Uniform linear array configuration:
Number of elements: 32
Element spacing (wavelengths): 0.25
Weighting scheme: blackman
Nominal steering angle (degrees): -45
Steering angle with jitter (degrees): -44.849
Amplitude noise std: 0.05
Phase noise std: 0.05

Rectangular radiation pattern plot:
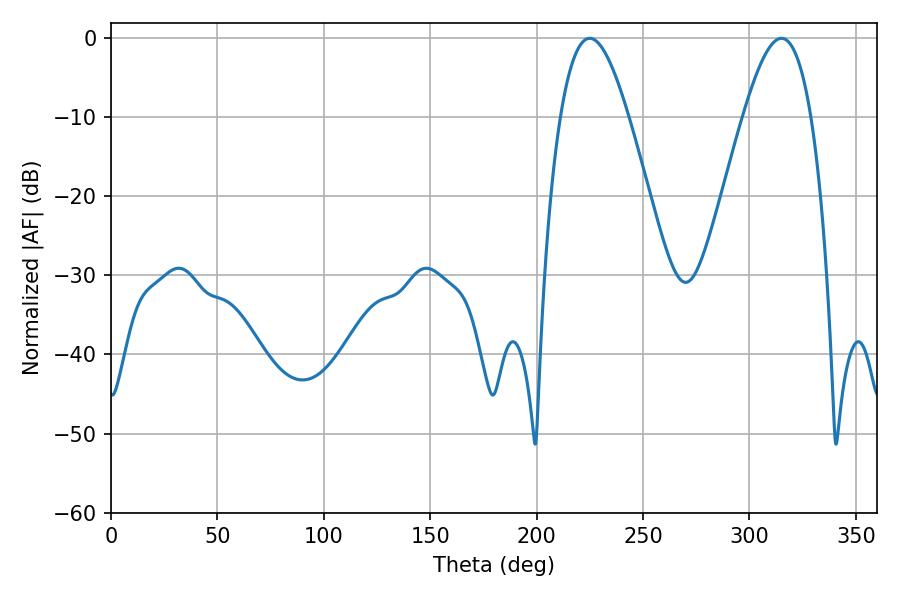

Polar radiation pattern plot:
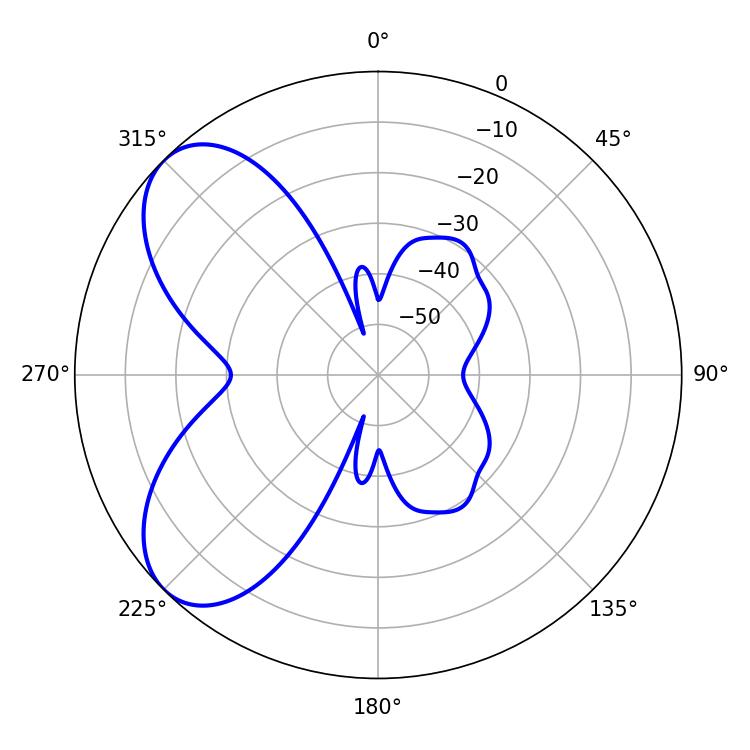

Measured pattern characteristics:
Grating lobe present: FALSE
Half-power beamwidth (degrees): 17.46
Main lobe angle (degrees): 225